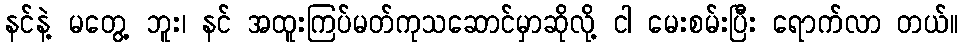
နင်နဲ့ မတွေ့ ဘူး၊ နင် အထူးကြပ်မတ်ကုသဆောင်မှာဆိုလို့ ငါ မေးစမ်းပြီး ရောက်လာ တယ်။